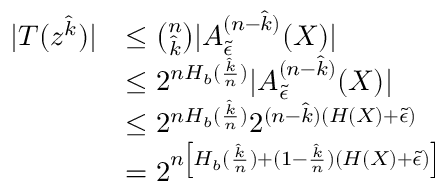
\begin{array} { r l } { | T ( z ^ { \hat { k } } ) | } & { \le \binom { n } { \hat { k } } | A _ { \tilde { \epsilon } } ^ { ( n - \hat { k } ) } ( X ) | } \\ & { \le 2 ^ { n H _ { b } ( \frac { \hat { k } } { n } ) } | A _ { \tilde { \epsilon } } ^ { ( n - \hat { k } ) } ( X ) | } \\ & { \le 2 ^ { n H _ { b } ( \frac { \hat { k } } { n } ) } 2 ^ { ( n - \hat { k } ) ( H ( X ) + \tilde { \epsilon } ) } } \\ & { = 2 ^ { n \left[ H _ { b } ( \frac { \hat { k } } { n } ) + ( 1 - \frac { \hat { k } } { n } ) ( H ( X ) + \tilde { \epsilon } ) \right] } } \end{array}